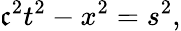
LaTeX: \mathfrak{c}^{2}t^{2}-x^{2}=s^{2},